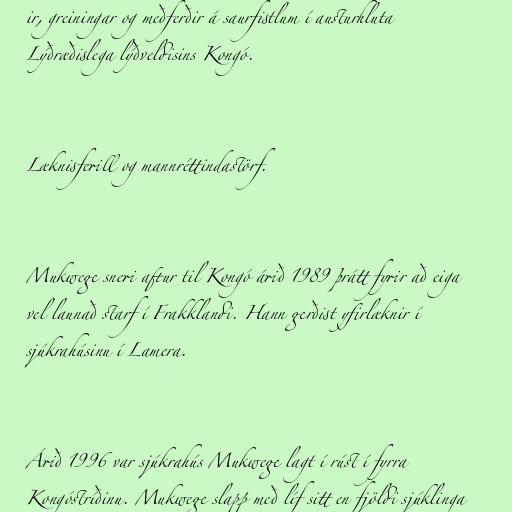
ir, greiningar og meðferðir á saurfistlum í austurhluta
Lýðræðislega lýðveldisins Kongó.

Læknisferill og mannréttindastörf.

Mukwege sneri aftur til Kongó árið 1989 þrátt fyrir að eiga
vel launað starf í Frakklandi. Hann gerðist yfirlæknir í
sjúkrahúsinu í Lamera.

Árið 1996 var sjúkrahús Mukwege lagt í rúst í fyrra
Kongóstríðinu. Mukwege slapp með líf sitt en fjöldi sjúklinga